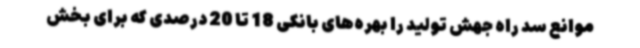
موانع سد راه جهش تولید را بهره‌های بانکی 18 تا 20 درصدی که برای بخش